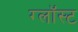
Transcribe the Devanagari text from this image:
ग्लॉस्ट